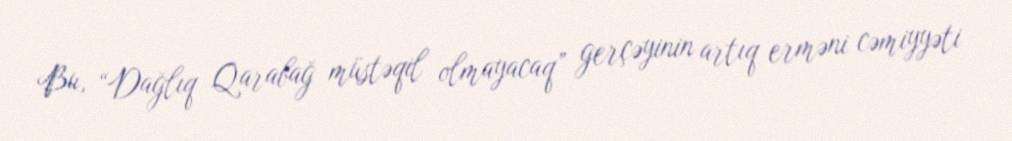
Bu, “Dağlıq Qarabağ müstəqil olmayacaq” gerçəyinin artıq erməni cəmiyyəti